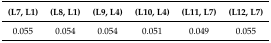
<table><thead><tr><td><b>(L7, L1)</b></td><td><b>(L8, L1)</b></td><td><b>(L9, L4)</b></td><td><b>(L10, L4)</b></td><td><b>(L11, L7)</b></td><td><b>(L12, L7)</b></td></tr></thead><tbody><tr><td>0.055</td><td>0.054</td><td>0.054</td><td>0.051</td><td>0.049</td><td>0.055</td></tr></tbody></table>